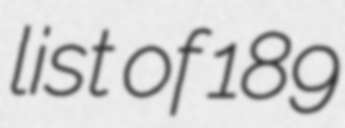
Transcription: list of 189